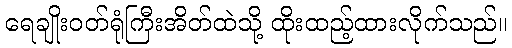
ရေချိုးဝတ်ရုံကြီးအိတ်ထဲသို့ ထိုးထည့်ထားလိုက်သည်။